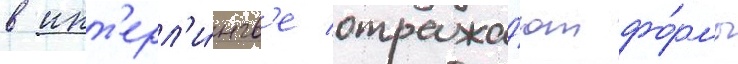
в инт'ерл'и́нгв'е отража́ют фо́рмы